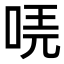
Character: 𠳟